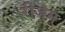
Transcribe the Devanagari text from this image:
रीजम